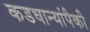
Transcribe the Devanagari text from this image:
कडधान्यांपैकी